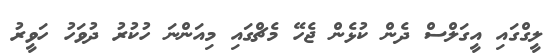
ލީގްގައި އީގަލްސް ދެން ކުޅެން ޖެހޭ މެޗްގައި މިއަންނަ ހުކުރު ދުވަހު ހަވީރު